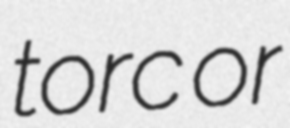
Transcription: torc or